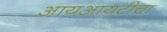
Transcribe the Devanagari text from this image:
आयआयटीचा